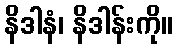
နိဒါနံ၊ နိဒါန်းကို။